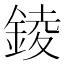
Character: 錂